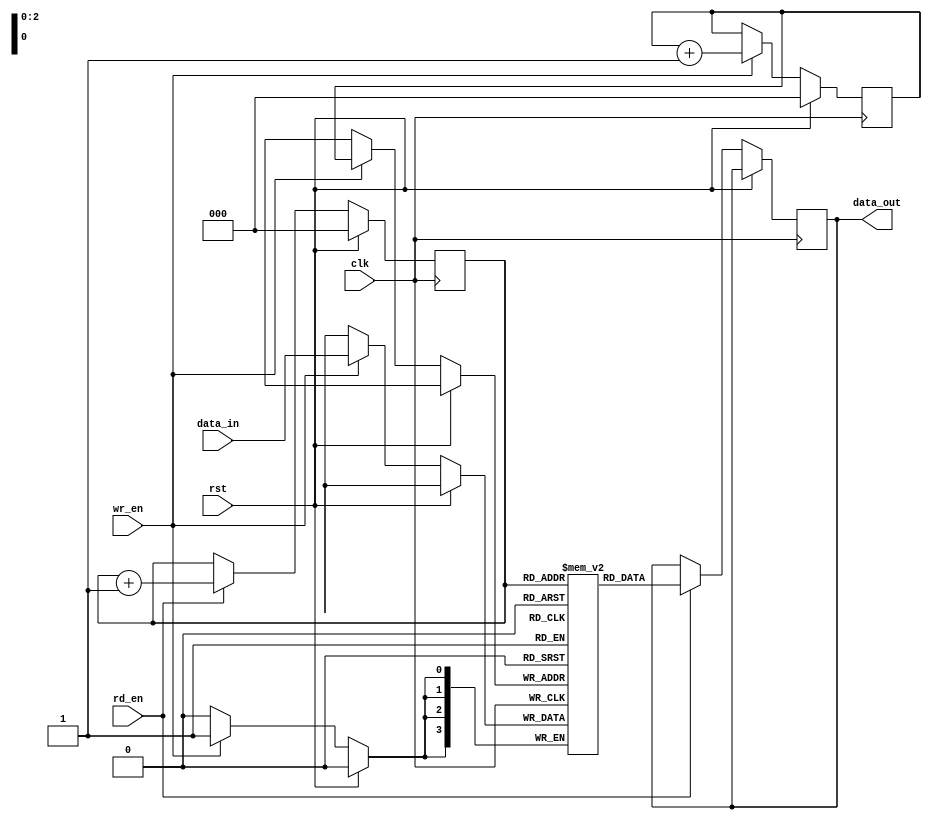
module fifo(
  input clk,
  input rst,
  input wr_en,
  input rd_en,
  input [3:0] data_in,
  output reg [3:0] data_out
);

reg [3:0] memory [7:0]; // 8 locations, each 4-bits wide
reg [2:0] read_ptr;
reg [2:0] write_ptr;

always @(posedge clk) begin
  if (rst) begin
    read_ptr <= 3'b000;
    write_ptr <= 3'b000;
  end else begin
    if (wr_en) begin
      memory[write_ptr] <= data_in;
      write_ptr <= write_ptr + 1;
    end
    if (rd_en) begin
      data_out <= memory[read_ptr];
      read_ptr <= read_ptr + 1;
    end
  end
end

endmodule